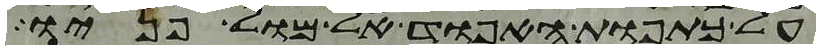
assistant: על כתפות האפוד אל מול פניו